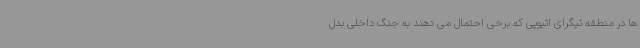
ها در منطقه تیگرای اتیوپی که برخی احتمال می دهند به جنگ داخلی بدل